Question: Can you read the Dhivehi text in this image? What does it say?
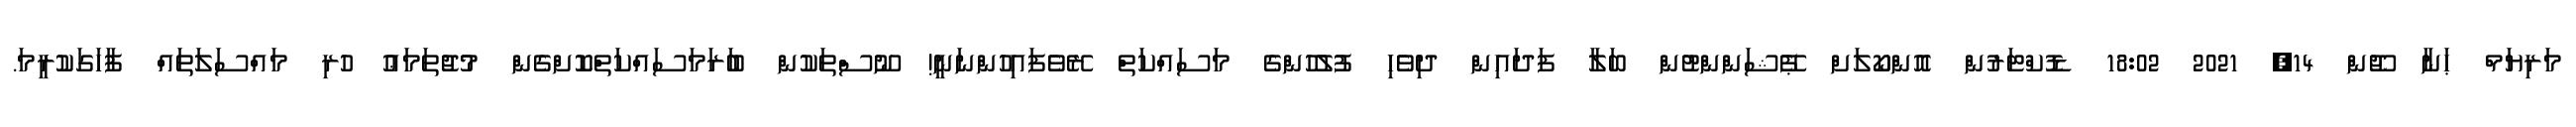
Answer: މަރިޔަމް ޙަނާ ޖޫން 14, 2021 18:02 ޑޮކްޓަރުން އޮންކޯލަށް ޕޭޝަންންޓުން ބަލާ ފަދައިން ދިވެހި ފުލުހުންގެ މަސައްކަތް ރޭވެފައިހުންނަނީ! ނޫސްތަކުން ބުަރަމަސައްކަތްކޮށްގެން މުޖުތަމަޢު ހުރި މައްސަލަތައް ފާހަގަކުރީމަ.